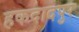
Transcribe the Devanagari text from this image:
हकदादपुर